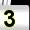
Digit: 3